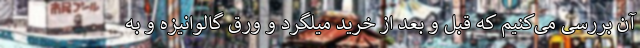
آن بررسی می‌کنیم که قبل و بعد از خرید میلگرد و ورق گالوانیزه و به